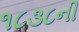
૧૮૩૮ની